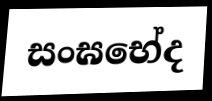
සංඝභේද